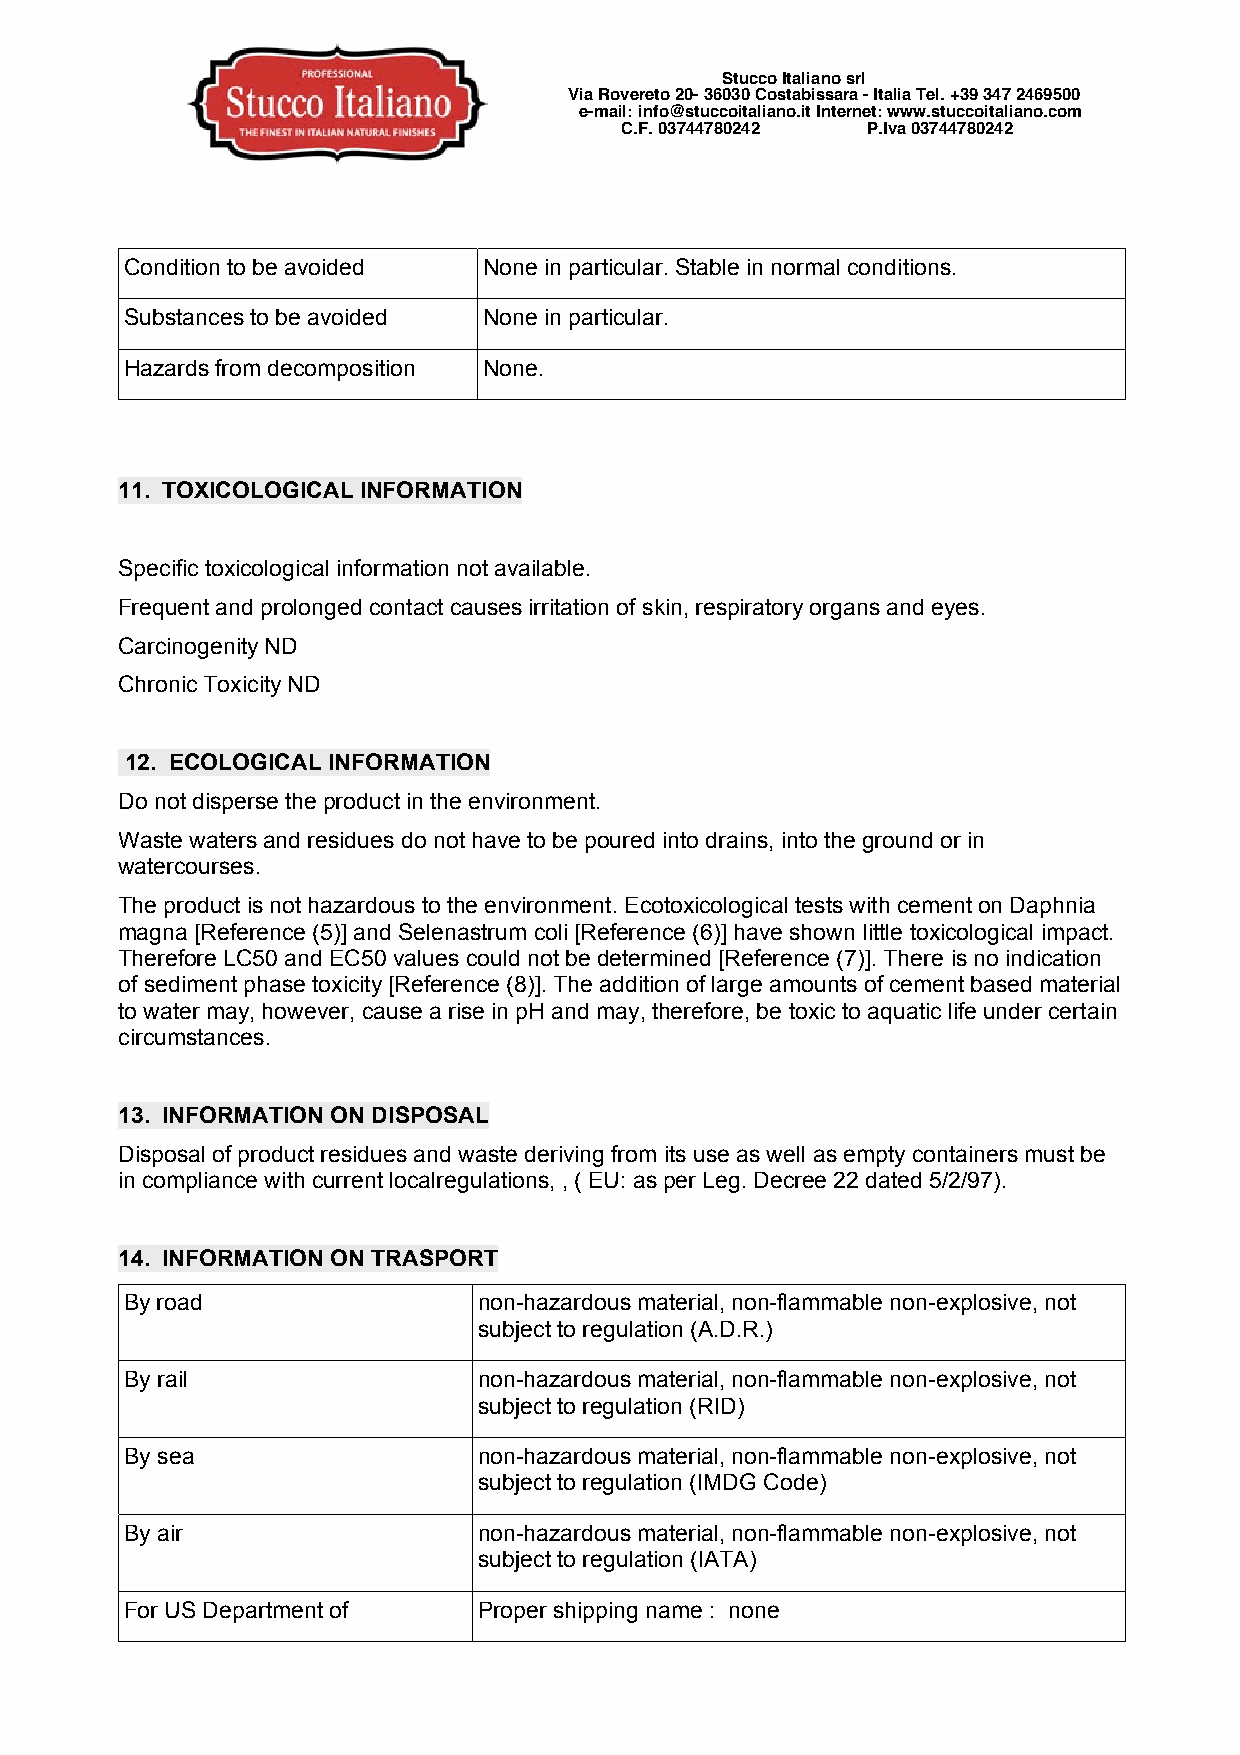
Stucco Italiano srl
 Via Rovereto 20- 36030 Costabissara - Italia Tel. +39 347 2469500
 e-mail: info@stuccoitaliano.it Internet: www.stuccoitaliano.com
 C.F. 03744780242 P.Iva 03744780242
 Condition to be avoided None in particular. Stable in normal conditions.
 Substances to be avoided None in particular.
 Hazards from decomposition None.
 11. TOXICOLOGICAL INFORMATION
 Specific toxicological information not available.
 Frequent and prolonged contact causes irritation of skin, respiratory organs and eyes.
 Carcinogenity ND
 Chronic Toxicity ND
 12. ECOLOGICAL INFORMATION
 Do not disperse the product in the environment.
 Waste waters and residues do not have to be poured into drains, into the ground or in
 watercourses.
 The product is not hazardous to the environment. Ecotoxicological tests with cement on Daphnia
 magna [Reference (5)] and Selenastrum coli [Reference (6)] have shown little toxicological impact.
 Therefore LC50 and EC50 values could not be determined [Reference (7)]. There is no indication
 of sediment phase toxicity [Reference (8)]. The addition of large amounts of cement based material
 to water may, however, cause a rise in pH and may, therefore, be toxic to aquatic life under certain
 circumstances.
 13. INFORMATION ON DISPOSAL
 Disposal of product residues and waste deriving from its use as well as empty containers must be
 in compliance with current localregulations, , ( EU: as per Leg. Decree 22 dated 5/2/97).
 14. INFORMATION ON TRASPORT
 By road                 non-hazardous material, non-flammable non-explosive, not
 subject to regulation (A.D.R.)
 By rail                 non-hazardous material, non-flammable non-explosive, not
 subject to regulation (RID)
 By sea                  non-hazardous material, non-flammable non-explosive, not
 subject to regulation (IMDG Code)
 By air                  non-hazardous material, non-flammable non-explosive, not
 subject to regulation (IATA)
 For US Department of    Proper shipping name : none